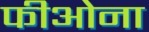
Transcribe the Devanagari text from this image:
फीओना